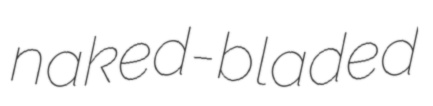
naked-bladed